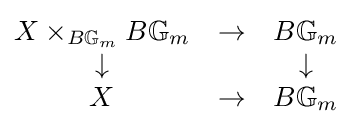
{\begin{matrix}X\times _{B\mathbb {G} _{m}}B\mathbb {G} _{m}&\to &B\mathbb {G} _{m}\\\downarrow &&\downarrow \\X&\to &B\mathbb {G} _{m}\end{matrix}}